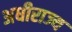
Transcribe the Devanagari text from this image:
अधीराज्य